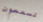
تسمعون